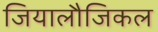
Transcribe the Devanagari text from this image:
जियालौजिकल